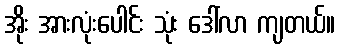
အိုး အားလုံးပေါင်း သုံး ဒေါ်လာ ကျတယ်။